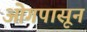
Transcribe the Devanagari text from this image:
ओगपासून